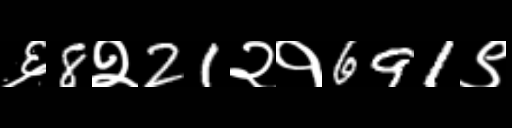
Text: ६8२21२१691९